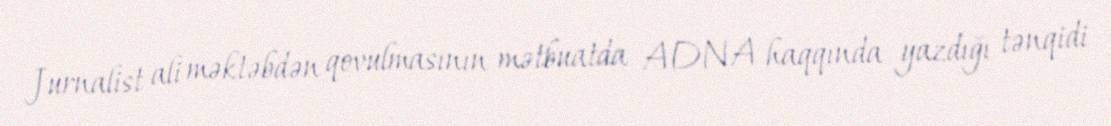
Jurnalist ali məktəbdən qovulmasının mətbuatda ADNA haqqında yazdığı tənqidi